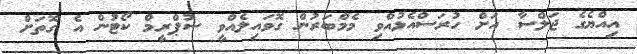
އިއްޔެގެ ޖަލްސާ އަށް ހުރަސްއެޅުއްވި މެމްބަރުން ގޮވައިލެއްވީ ސުޕްރީމް ކޯޓުން އެ ގޮތަށް